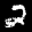
Label: 2